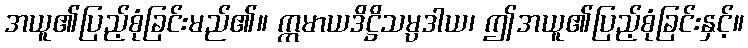
အယူ၏ပြည့်စုံခြင်းမည်၏။ ဣမာယဒိဋ္ဌိသမ္ပဒါယ၊ ဤအယူ၏ပြည့်စုံခြင်းနှင့်။